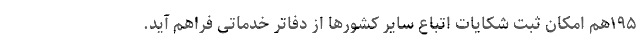
۱۹۵هم امکان ثبت شکایات اتباع سایر کشورها از دفاتر خدماتی فراهم آید.